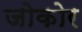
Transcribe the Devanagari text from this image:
जोकोर